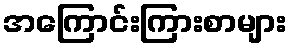
အကြောင်းကြားစာများ